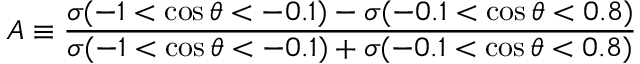
A \equiv \frac { \sigma ( - 1 < \cos \theta < - 0 . 1 ) - \sigma ( - 0 . 1 < \cos \theta < 0 . 8 ) } { \sigma ( - 1 < \cos \theta < - 0 . 1 ) + \sigma ( - 0 . 1 < \cos \theta < 0 . 8 ) }